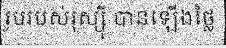
រូបរបស់រុស្ស៊ី បានឡើងថ្លៃ